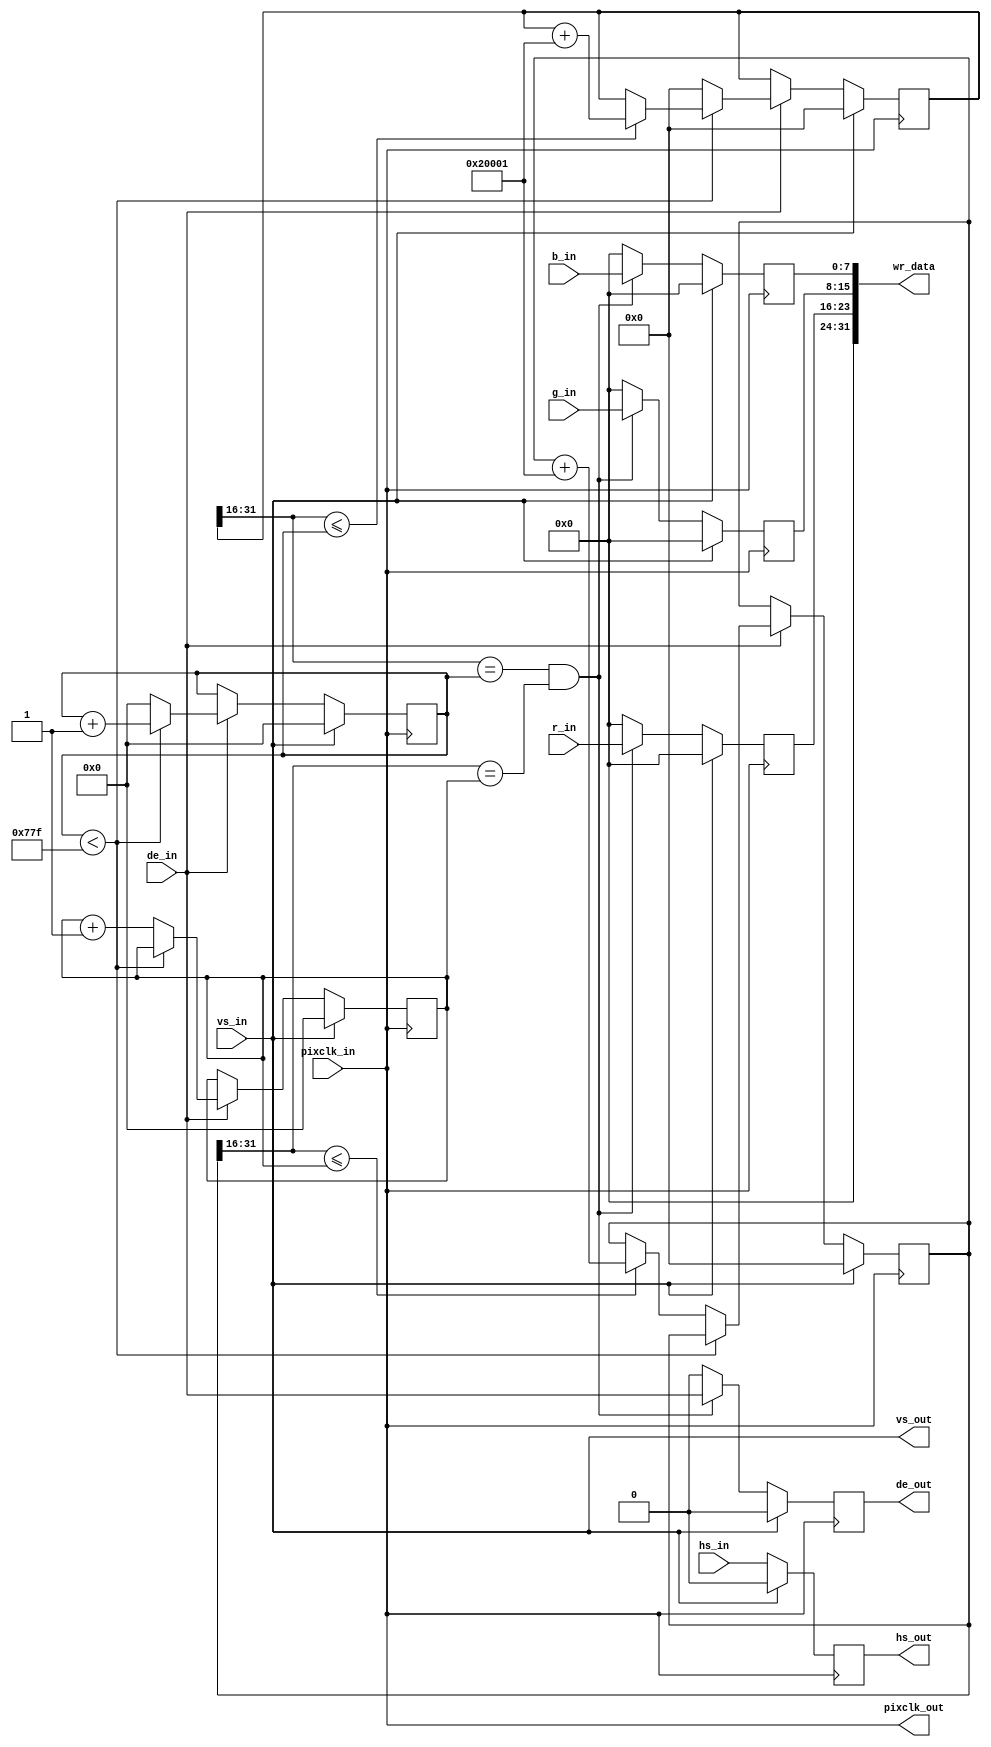
`timescale 1ns / 1ps
//****************************************Copyright (c)***********************************//
//
// Last modified Date   : 2023/05/19
// Created date         : 2023/05/19  
// Descriptions         : 960*540rgb888       
//
//****************************************************************************************//

module video_scale_960_540(
    
    input                               pixclk_in                  ,
    input                               vs_in                      ,
    input                               hs_in                      ,
    input                               de_in                      ,
    input              [   7:0]         r_in                       ,
    input              [   7:0]         g_in                       ,
    input              [   7:0]         b_in                       ,

    output                              pixclk_out                 ,
    output                              vs_out                     ,
    output reg                          hs_out                     ,
    output reg                          de_out                     ,
    output             [  31:0]         wr_data                     

);
///////////////////////////////////////////////////////
reg                    [   7:0]         r_out                      ;
reg                    [   7:0]         g_out                      ;
reg                    [   7:0]         b_out                      ;

    parameter                           vin_xres    =1920          ;
    parameter                           vout_xres   =960           ;
    parameter                           vin_yres    =1080          ;
    parameter                           vout_yres   =540           ;
 
assign pixclk_out   =  pixclk_in    ;
assign vs_out       =  vs_in;
assign wr_data      =  {8'b0,r_out,g_out,b_out};
///////////////////////////////////////////////////////////////
reg                    [  31:0]         scaler_height	=   ((vin_yres << 16 )/vout_yres) + 1;//[31:16]1616
reg                    [  31:0]         scaler_width	=   ((vin_xres << 16 )/vout_xres) + 1;//[31:16]1616	
reg                    [  15:0]         vin_x			= 0                ;//
reg                    [  15:0]         vin_y			= 0                ;//
reg                    [  31:0]         vout_x			= 0               ;//,,[31:16]16
reg                    [  31:0]         vout_y			= 0               ;//,,[31:16]16
always@(posedge pixclk_in)
begin                                                               //
    if(vs_in )begin
        vin_x            <= 0;
        vin_y            <= 0;
    end
    else if (de_in == 1 )begin                                      //
        if( vin_x < vin_xres -1 )begin                              //vin_xres = 
            vin_x    <= vin_x + 1;
        end
        else begin
            vin_x        <= 0;
            vin_y        <= vin_y + 1;
        end
    end
end                                                                 //always

always@(posedge pixclk_in)
begin                                                               //
    if(vs_in)begin
        vout_x        <= 0;
        vout_y        <= 0;
    end
    else if (de_in == 1 )begin                                      //
        if(vin_x < vin_xres -1)begin                                //vin_xres = 
            if (vout_x[31:16] <= vin_x)begin                        //[31:16]16
                vout_x    <= vout_x + scaler_width;                 //vout_x  x 
            end
        end
        else begin
            vout_x        <= 0;
            if (vout_y[31:16] <= vin_y)begin                        //[31:16]16
                vout_y    <= vout_y + scaler_height;                //vout_y  y 
            end
        end
    end
end                                                                 //	always
//vin_x,vin_y 
// vin_x == vout_x && vin_y == vout_y 
always@(posedge pixclk_in)
begin
    if(vs_in)begin
	  
        hs_out       <=  0   ;
        de_out       <=  0   ;
        r_out        <=  0   ;
        g_out        <=  0   ;
        b_out        <=  0   ;
    end
    else begin                                                      //
        if(vout_x[31:16] == vin_x && vout_y[31:16] == vin_y)begin   //[31:16]16,
				//
        r_out        <=  r_in         ;
        g_out        <=  g_in         ;
        b_out        <=  b_in         ;
        hs_out       <=  hs_in        ;
        de_out       <=  de_in        ;
			//
        end
        else begin
			
					//
            r_out        <=  0        ;
            g_out        <=  0        ;
            b_out        <=  0        ;
            hs_out       <=  hs_in    ;
            de_out       <=  0        ;
        end
    end
end                                                                 //	always
	 
endmodule